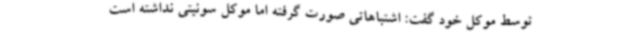
توسط موکل خود گفت: اشتباهاتی صورت گرفته اما موکل سونیتی نداشته است